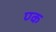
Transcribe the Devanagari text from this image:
ण्क